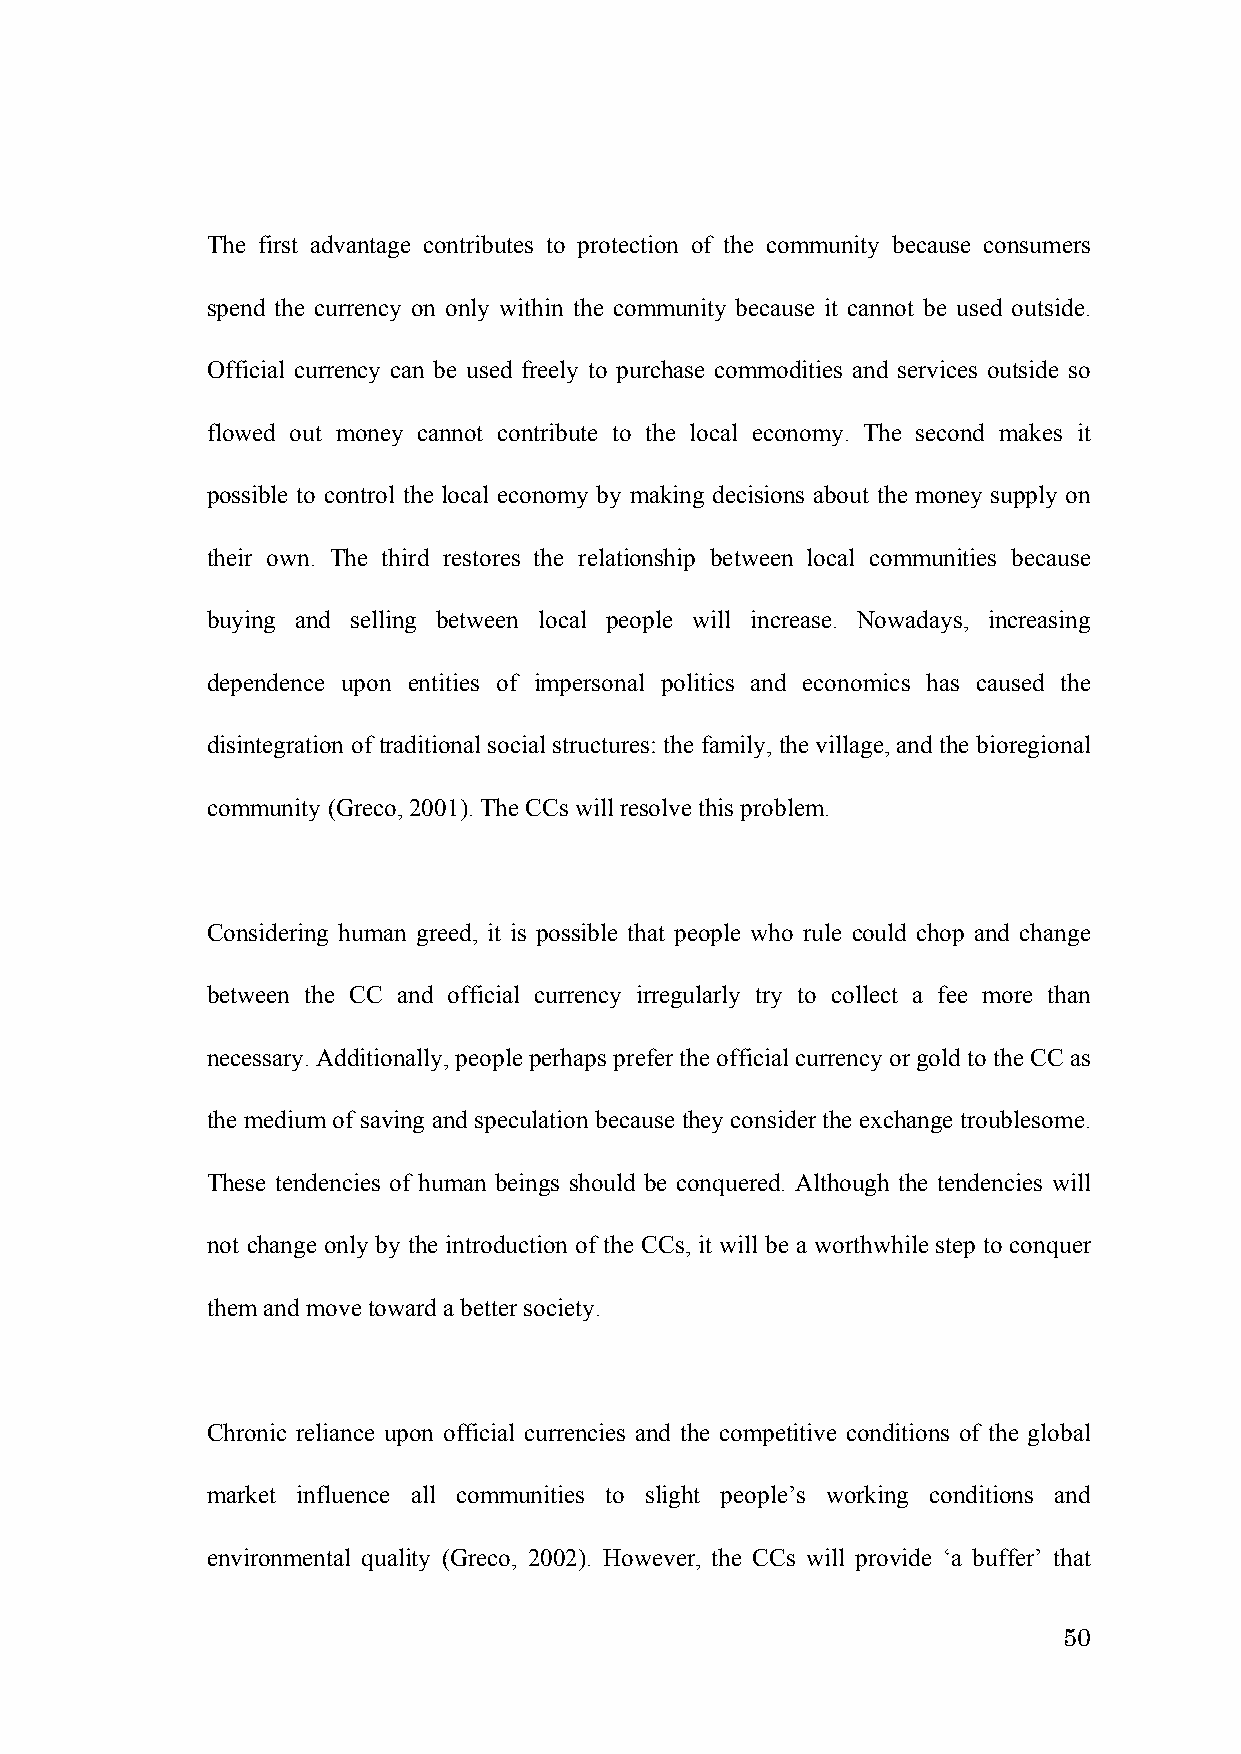
The first advantage contributes to protection of the community because consumers
 spend the currency on only within the community because it cannot be used outside.
 Official currency can be used freely to purchase commodities and services outside so
 flowed out money cannot contribute to the local economy. The second makes it
 possible to control the local economy by making decisions about the money supply on
 their own. The third restores the relationship between local communities because
 buying and selling between local people will increase. Nowadays, increasing
 dependence upon entities of impersonal politics and economics has caused the
 disintegration of traditional social structures: the family, the village, and the bioregional
 community (Greco, 2001). The CCs will resolve this problem.
 Considering human greed, it is possible that people who rule could chop and change
 between the CC and official currency irregularly try to collect a fee more than
 necessary. Additionally, people perhaps prefer the official currency or gold to the CC as
 the medium of saving and speculation because they consider the exchange troublesome.
 These tendencies of human beings should be conquered. Although the tendencies will
 not change only by the introduction of the CCs, it will be a worthwhile step to conquer
 them and move toward a better society.
 Chronic reliance upon official currencies and the competitive conditions of the global
 market influence all communities to slight people’s working conditions and
 environmental quality (Greco, 2002). However, the CCs will provide ‘a buffer’ that
 50